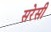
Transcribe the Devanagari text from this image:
सरेसी